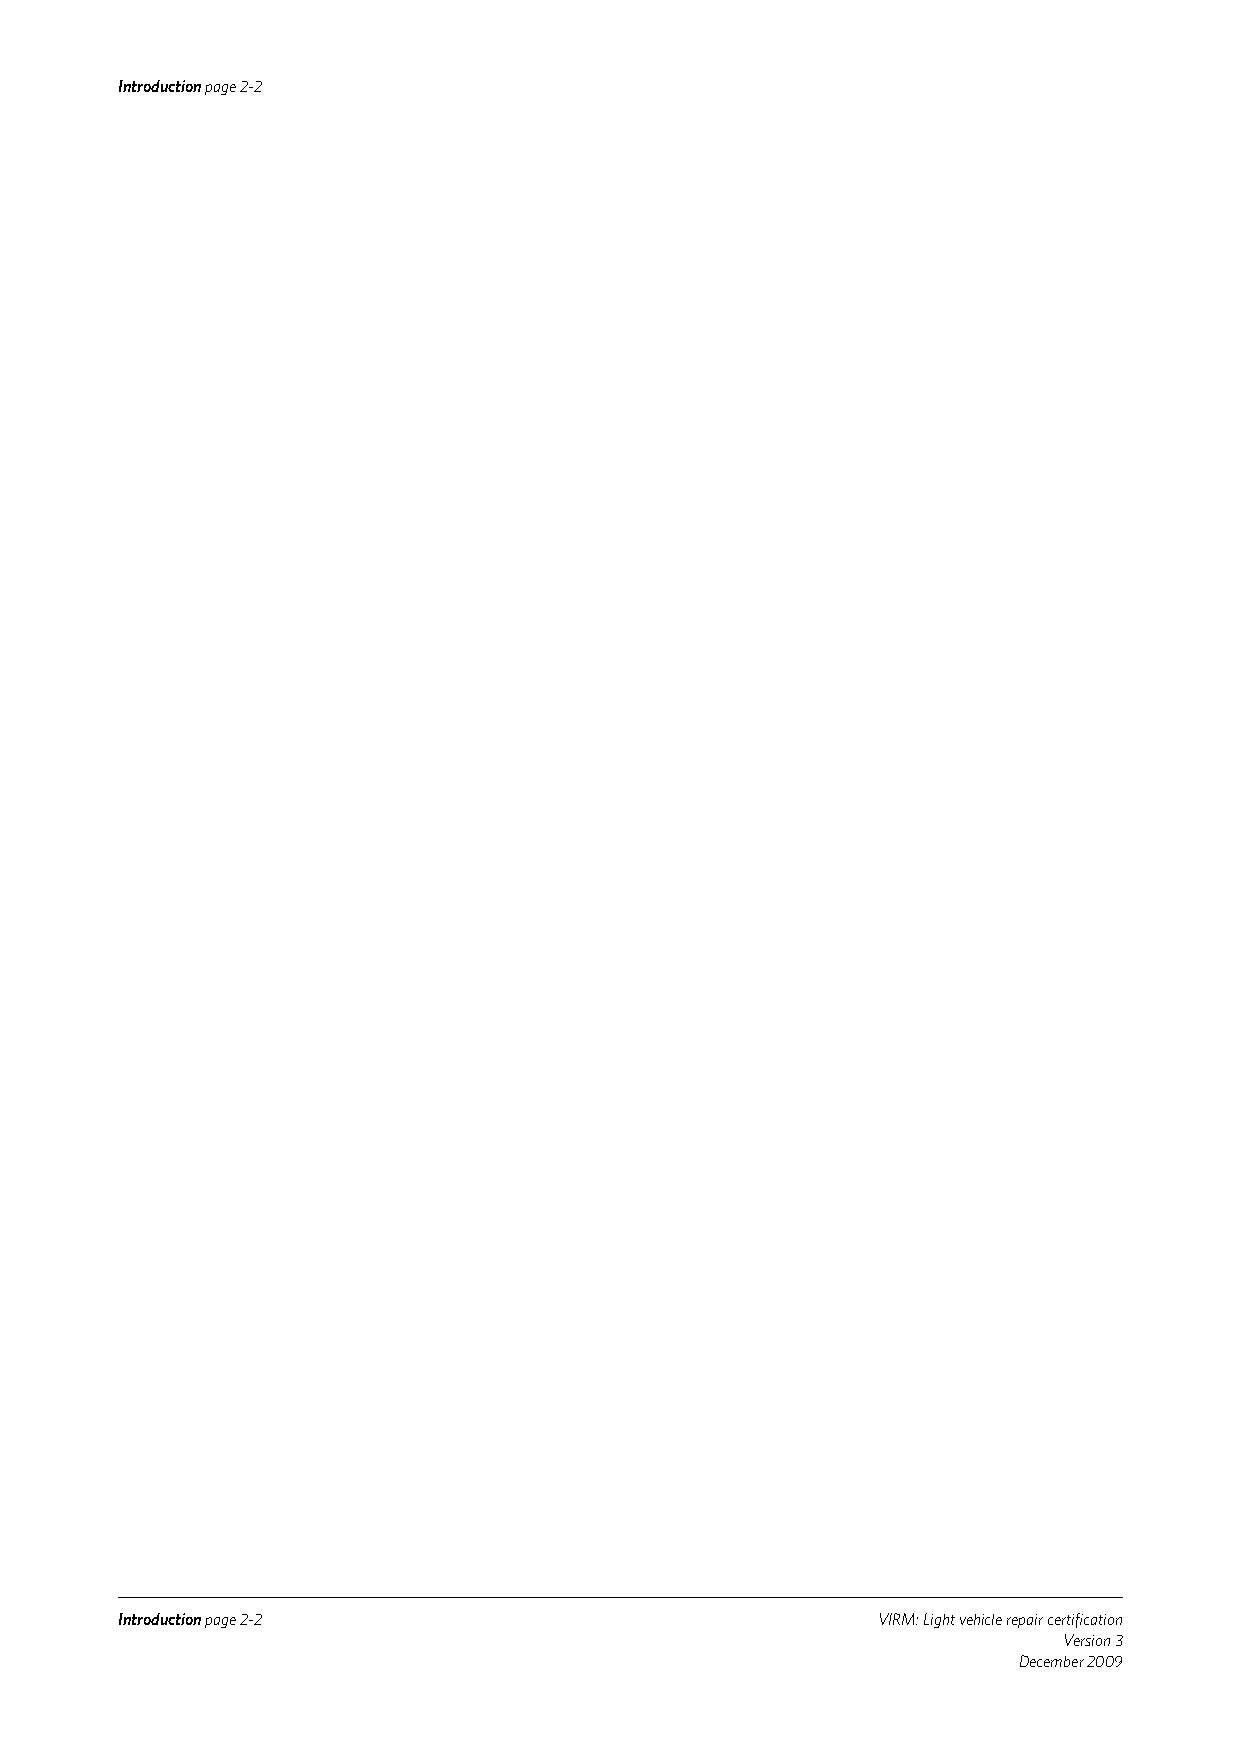
Introduction page 2-2
 Introduction page 2-2                             VIRM: Light vehicle repair certification
 Version 3
 December 2009